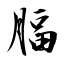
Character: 腷